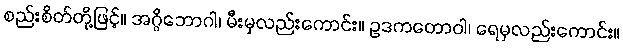
စည်းစိတ်တို့ဖြင့်။ အဂ္ဂိဘောဂါ၊ မီးမှလည်းကောင်း။ ဥဒကတောဝါ၊ ရေမှလည်းကောင်း။